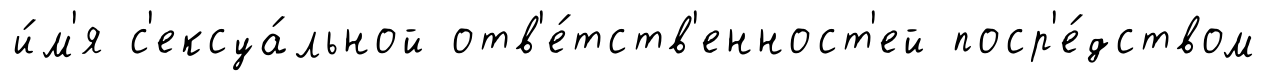
и́м'я с'ексуа́льной отв'е́тств'енност'ей поср'е́дством